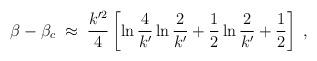
LaTeX: \begin{align*}\beta-\beta_c\;\approx\;{k'^2\over 4}\left[\ln{4\over k'}\ln{2\over k'}+{1\over 2}\ln{2\over k'}+{1\over 2}\right]\;,\end{align*}